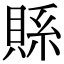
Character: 𮚇